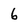
Character: 6